Vaccination in Bombay 1874-1876 - 1874-1876
Year: 1874
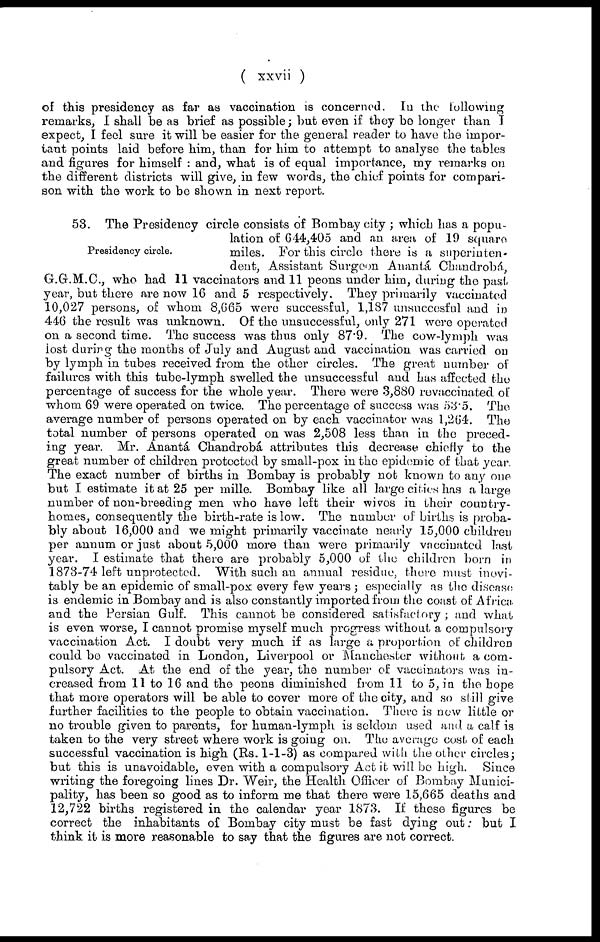
( xxvii )
of this presidency as far as vaccination is concerned. In the following
remarks, I shall be as brief as possible; but even if they be longer than I
expect, I feel sure it will be easier for the general reader to have the impor-
tant points laid before him, than for him to attempt to analyse the tables
and figures for himself : and, what is of equal importance, my remarks on
the different districts will give, in few words, the chief points for compari-
son with the work to be shown in next report.
Presidency circle.
53. The Presidency circle consists of Bombay city ; which has a popu-
lation of 644,405 and an area of 19 square
miles. For this circle there is a superinten-
dent, Assistant Surgeon Anantá Chandrobá,
G.G.M.C., who had 11 vaccinators and 11 peons under him, during the past
year, but there are now 16 and 5 respectively. They primarily vaccinated
10,027 persons, of whom 8,665 were successful, 1,187 unsuccesful and in
446 the result was unknown. Of the unsuccessful, only 271 were operated
on a second time. The success was thus only 87.9. The cow-lymph was
lost during the months of July and August and vaccination was carried on
by lymph in tubes received from the other circles. The great number of
failures with this tube-lymph swelled the unsuccessful and has affected the
percentage of success for the whole year. There were 3,880 revaccinated of
whom 69 were operated on twice. The percentage of success was 53.5. The
average number of persons operated on by each vaccinator was 1,264. The
total number of persons operated on was 2,508 less than in the preced-
ing year. Mr. Anantá Chandrobá attributes this decrease chiefly to the
great number of children protected by small-pox in the epidemic of that year.
The exact number of births in Bombay is probably not known to any one
but I estimate it at 25 per mille. Bombay like all large cities has a large
number of non-breeding men who have left their wives in their country-
homes, consequently the birth-rate is low. The number of births is proba-
bly about 16,000 and we might primarily vaccinate nearly 15,000 children
per annum or just about 5,000 more than were primarily vaccinated last
year. I estimate that there are probably 5,000 of the children born in
1873-74 left unprotected. With such an annual residue, there must inovi-
tably be an epidemic of small-pox every few years ; especially as the disease
is endemic in Bombay and is also constantly imported from the coast of Africa
and the Persian Gulf. This cannot be considered satisfactory ; and what
is even worse, I cannot promise myself much progress without a compulsory
vaccination Act. I doubt very much if as large a proportion of children
could be vaccinated in London, Liverpool or Manchester without a com-
pulsory Act. At the end of the year, the number of vaccinators was in-
creased from 11 to 16 and the peons diminished from 11 to 5, in the hope
that more operators will be able to cover more of the city, and so still give
further facilities to the people to obtain vaccination. There is now little or
no trouble given to parents, for human-lymph is seldom used and a calf is
taken to the very street where work is going on. The average cost of each
successful vaccination is high (Rs. 1-1-3) as compared with the other circles;
but this is unavoidable, even with a compulsory Act it will be high. Since
writing the foregoing lines Dr. Weir, the Health Officer of Bombay Munici-
pality, has been so good as to inform me that there were 15,665 deaths and
12,722 births registered in the calendar year 1873. If these figures be
correct the inhabitants of Bombay city must be fast dying out: but I
think it is more reasonable to say that the figures are not correct.